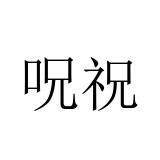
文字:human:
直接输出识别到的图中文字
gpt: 呪祝